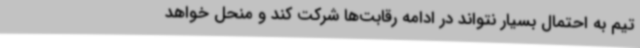
تیم به احتمال بسیار نتواند در ادامه رقابت‌ها شرکت کند و منحل خواهد